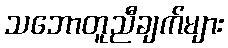
သဘောတူညီချက်များ